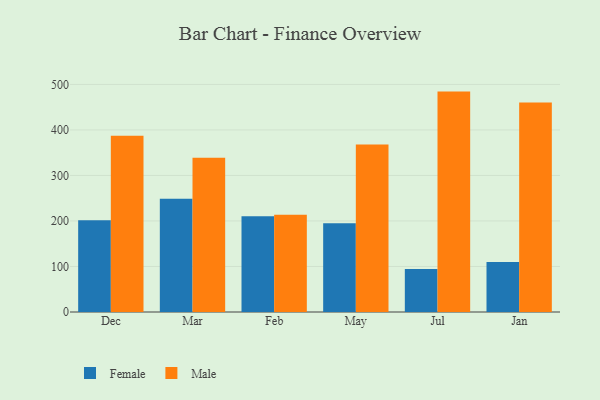
{"axis": {"x": "Month", "y": "Website Visitors"}, "legend": ["Female", "Male"], "data": [{"x": "Dec", "y": 201.7, "type": "Female"}, {"x": "Dec", "y": 387.1, "type": "Male"}, {"x": "Mar", "y": 248.9, "type": "Female"}, {"x": "Mar", "y": 338.9, "type": "Male"}, {"x": "Feb", "y": 210.5, "type": "Female"}, {"x": "Feb", "y": 213.9, "type": "Male"}, {"x": "May", "y": 195.2, "type": "Female"}, {"x": "May", "y": 368.2, "type": "Male"}, {"x": "Jul", "y": 94.3, "type": "Female"}, {"x": "Jul", "y": 484.2, "type": "Male"}, {"x": "Jan", "y": 109.9, "type": "Female"}, {"x": "Jan", "y": 460.2, "type": "Male"}]}